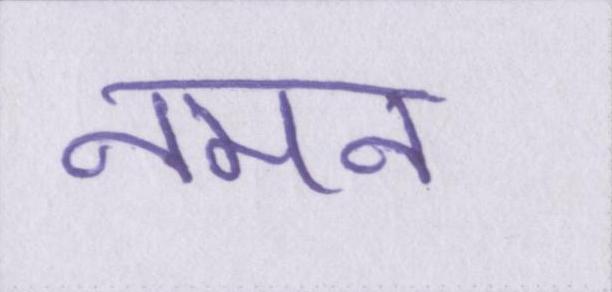
नमन